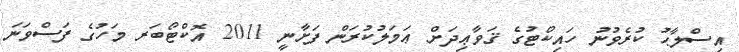
އިސްލާޙު ކުރެވުނު ހައިކޯޓުގެ ޤަވާޢިދަށް ޢަމަލުކުރަން ފަށާނީ 2011 އޮކްޓޯބަރ މަހުގެ ފަސްވަނަ